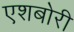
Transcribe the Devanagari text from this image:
एशबोरी